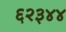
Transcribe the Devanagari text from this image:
६२३४४